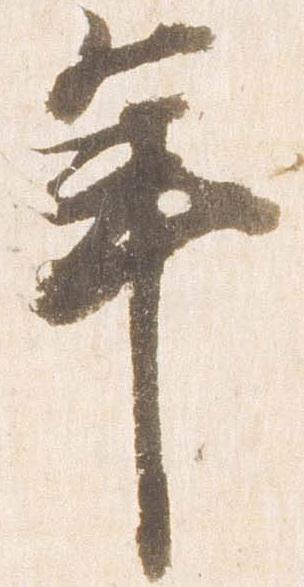
年